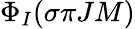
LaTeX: \Phi_{I}(\sigma{\pi}JM)